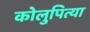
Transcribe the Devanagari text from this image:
कोलुपित्या